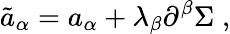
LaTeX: {\tilde{a}}_{\alpha}=a_{\alpha}+\lambda_{\beta}\partial^{\beta}\Sigma\; ,